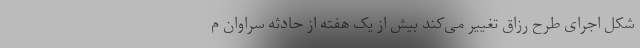
شکل اجرای طرح رزاق تغییر ‌می‌کند بیش از یک هفته از حادثه سراوان م